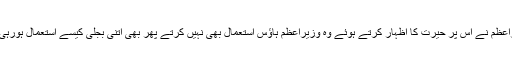
وزیراعظم نے اس پر حیرت کا اظہار کرتے ہوئے وہ وزیراعظم ہاؤس استعمال بھی نہیں کرتے پھر بھی اتنی بجلی کیسے استعمال ہورہی ہے۔